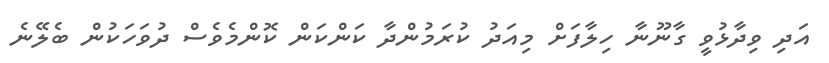
އަދި ވިދާޅުވީ ގާނޫނާ ހިލާފަށް މިއަދު ކުރަމުންދާ ކަންކަން ކޮންމެވެސް ދުވަހަކުން ބެލޭނެ